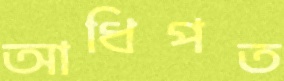
আধিপত